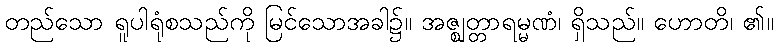
တည်သော ရူပါရုံစသည်ကို မြင်သောအခါ၌။ အဇ္ဈတ္တာရမ္မဏံ၊ ရှိသည်။ ဟောတိ၊ ၏။